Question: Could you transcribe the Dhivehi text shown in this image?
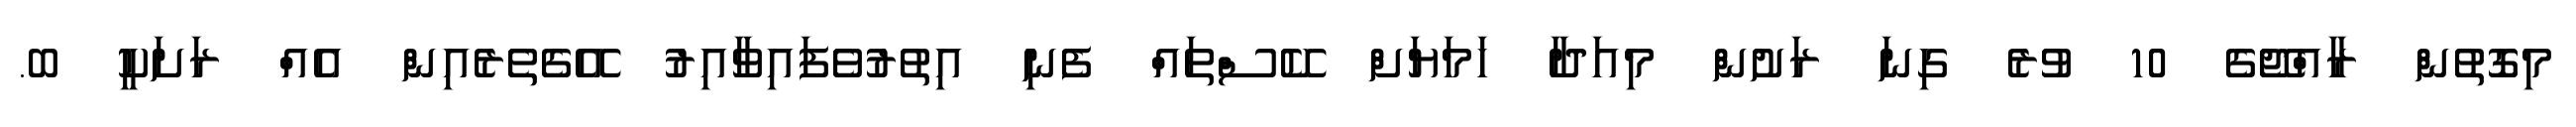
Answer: މިގޮތުން ރާއްޖޭގެ 10 ވުރެ ގިނަ ރަށުން މިއަދާ ހަމަޔަށް ކޭސްތައް ފެނި އިތުރުވެފައިވާއިރު އޭގެތެރެއިން އެއް ރަށަކީ ބ.